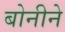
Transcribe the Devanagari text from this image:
बोनीने